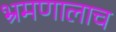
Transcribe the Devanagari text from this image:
भ्रमणालाच